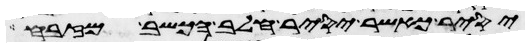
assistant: יסיר כאשר יסיר חלב הכשב מזבח